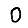
Digit: 0